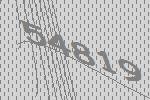
54819